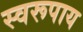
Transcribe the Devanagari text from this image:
स्वरूपाय